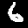
Label: 6